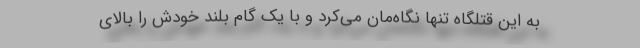
به این قتلگاه تنها نگاه‌مان می‌کرد و با یک گام بلند خودش را بالای